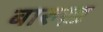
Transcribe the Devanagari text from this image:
बारुख़